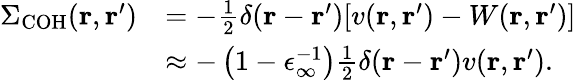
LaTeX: \begin{array}{rl}{\Sigma_{\mathrm{COH}}(\mathbf{r},\mathbf{r}^{\prime})}&{=-\frac{1}{2}\delta(\mathbf{r}-\mathbf{r}^{\prime})[v(\mathbf{r},\mathbf{r}^{\prime})-W(\mathbf{r},\mathbf{r}^{\prime})]}\\ &{\approx-\left(1-\epsilon_{\infty}^{-1}\right)\frac{1}{2}\delta(\mathbf{r}-\mathbf{r}^{\prime})v(\mathbf{r},\mathbf{r}^{\prime}).}\end{array}